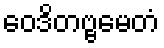
ဝေဒိတဗ္ဗမေတံ